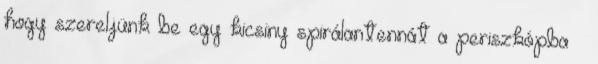
hogy szereljünk be egy kicsiny spirálantennát a periszkópba –